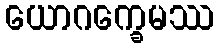
ယောဂက္ခေမဿ